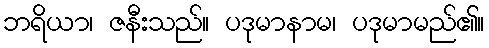
ဘရိယာ၊ ဇနီးသည်။ ပဒုမာနာမ၊ ပဒုမာမည်၏။